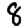
Digit: 8